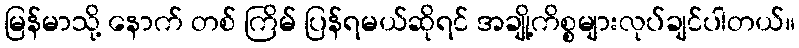
မြန်မာသို့ နောက် တစ် ကြိမ် ပြန်ရမယ်ဆိုရင် အချို့ကိစ္စများလုပ်ချင်ပါတယ်။